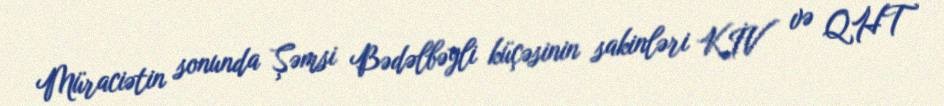
Müraciətin sonunda Şəmsi Bədəlbəyli küçəsinin sakinləri KİV və QHT